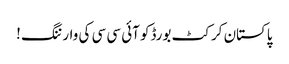
پاکستان کرکٹ بورڈکو آئی سی سی کی وارننگ !